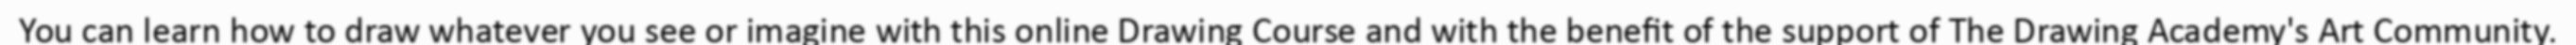
You can learn how to draw whatever you see or imagine with this online Drawing Course and with the benefit of the support of The Drawing Academy's Art Community.